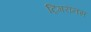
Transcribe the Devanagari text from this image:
ट्रिगरानस